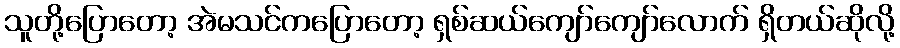
သူတို့ပြောတော့ အဲမသင်ကပြောတော့ ရှစ်ဆယ်ကျော်ကျော်လောက် ရှိတယ်ဆိုလို့